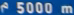
5000m